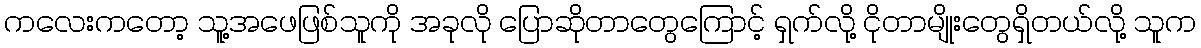
ကလေးကတော့ သူ့အဖေဖြစ်သူကို အခုလို ပြောဆိုတာတွေကြောင့် ရှက်လို့ ငိုတာမျိုးတွေရှိတယ်လို့ သူက